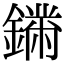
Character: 𨬚